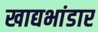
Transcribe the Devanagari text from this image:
खाद्यभांडार